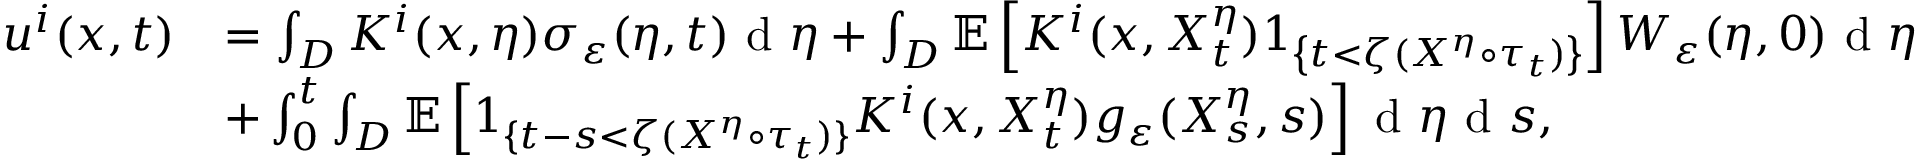
\begin{array} { r l } { u ^ { i } ( x , t ) } & { = \int _ { D } K ^ { i } ( x , \eta ) \sigma _ { \varepsilon } ( \eta , t ) \textrm { d } \eta + \int _ { D } \mathbb { E } \left[ K ^ { i } ( x , X _ { t } ^ { \eta } ) 1 _ { \left\{ t < \zeta ( X ^ { \eta } \circ \tau _ { t } ) \right\} } \right] W _ { \varepsilon } ( \eta , 0 ) \textrm { d } \eta } \\ & { + \int _ { 0 } ^ { t } \int _ { D } \mathbb { E } \left[ 1 _ { \{ t - s < \zeta ( X ^ { \eta } \circ \tau _ { t } ) \} } K ^ { i } ( x , X _ { t } ^ { \eta } ) g _ { \varepsilon } ( X _ { s } ^ { \eta } , s ) \right] \textrm { d } \eta \textrm { d } s , } \end{array}